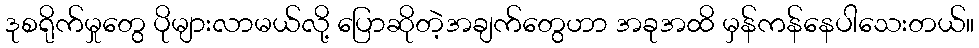
ဒုစရိုက်မှုတွေ ပိုများလာမယ်လို့ ပြောဆိုတဲ့အချက်တွေဟာ အခုအထိ မှန်ကန်နေပါသေးတယ်။